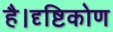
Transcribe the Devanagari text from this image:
है।दृष्टिकोण